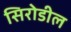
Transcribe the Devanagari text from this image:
सिरोडील